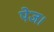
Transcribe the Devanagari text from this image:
पेज।